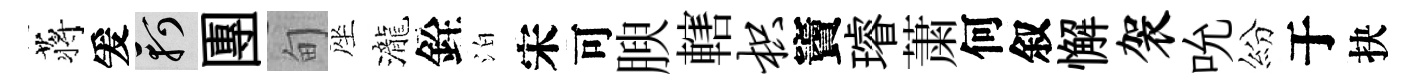
蒋爰軻團甸座瀧銓泊宋可腴轄枳竇璿䔥何叙懈袈吮紛于抉